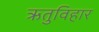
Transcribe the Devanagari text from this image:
ऋतुविहार